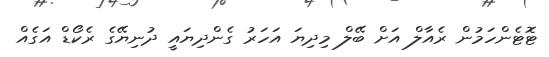
ޓޮޓެންހަމުން ރެއާލް އަށް ބޭލް މިދިޔަ އަހަރު ގެންދިޔައީ ދުނިޔޭގެ ރެކޯޑް އަގެއް